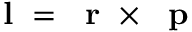
\mathrm { ~ \bf ~ l ~ } = \mathrm { ~ \bf ~ r ~ } \times \mathrm { ~ \bf ~ p ~ }